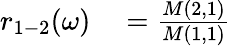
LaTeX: \begin{array}{rl}{r_{1-2}(\omega)}&{{}=\frac{M(2,1)}{M(1,1)}}\end{array}